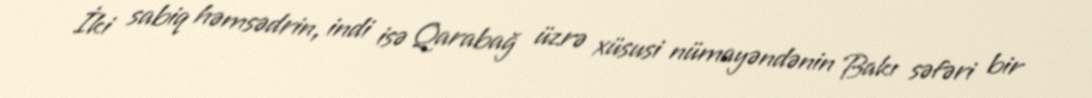
İki sabiq həmsədrin, indi isə Qarabağ üzrə xüsusi nümayəndənin Bakı səfəri bir